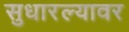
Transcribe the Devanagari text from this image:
सुधारल्यावर